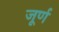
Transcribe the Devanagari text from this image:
जूर्ण